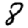
Digit: 8